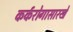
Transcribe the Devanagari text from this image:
कर्करोगासारखे